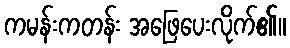
ကမန်းကတန်း အဖြေပေးလိုက်၏။